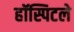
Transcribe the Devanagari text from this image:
हॉस्पिटले